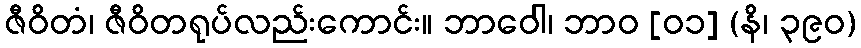
ဇီဝိတံ၊ ဇီဝိတရုပ်လည်းကောင်း။ ဘာဝေါ၊ ဘာဝ [၀၁] (နိ၊ ၃၉၀)